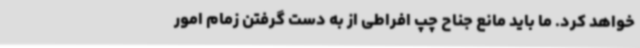
خواهد کرد. ما باید مانع جناح چپ افراطی از به دست گرفتن زمام امور